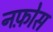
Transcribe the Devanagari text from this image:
नफ़ोस